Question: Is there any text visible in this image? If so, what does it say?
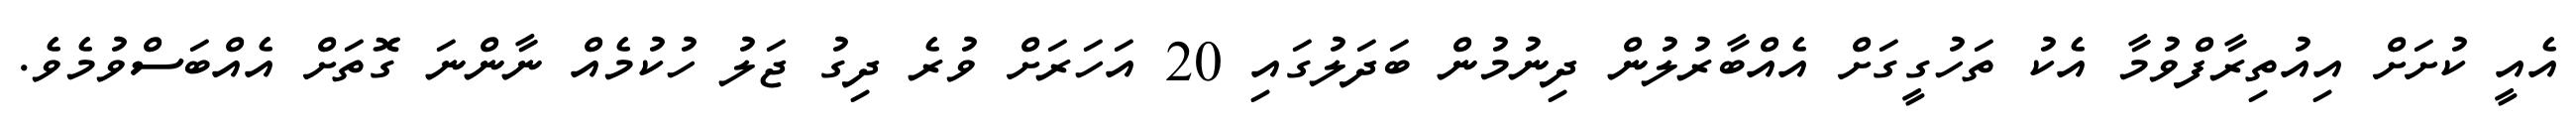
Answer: އެއީ ކުށަށް އިއުތިރާފްވުމާ އެކު ތަހުގީގަށް އެއްބާރުލުން ދިނުމުން ބަދަލުގައި 20 އަހަރަށް ވުރެ ދިގު ޖަލު ހުކުމެއް ނާންނަ ގޮތަށް އެއްބަސްވުމެވެ.